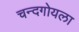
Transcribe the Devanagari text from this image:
चन्दगोयला